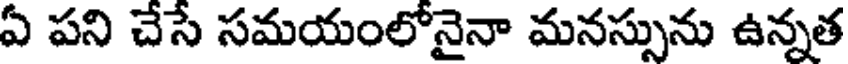
ఏ పని చేసే సమయంలోనైనా మనస్సును ఉన్నత